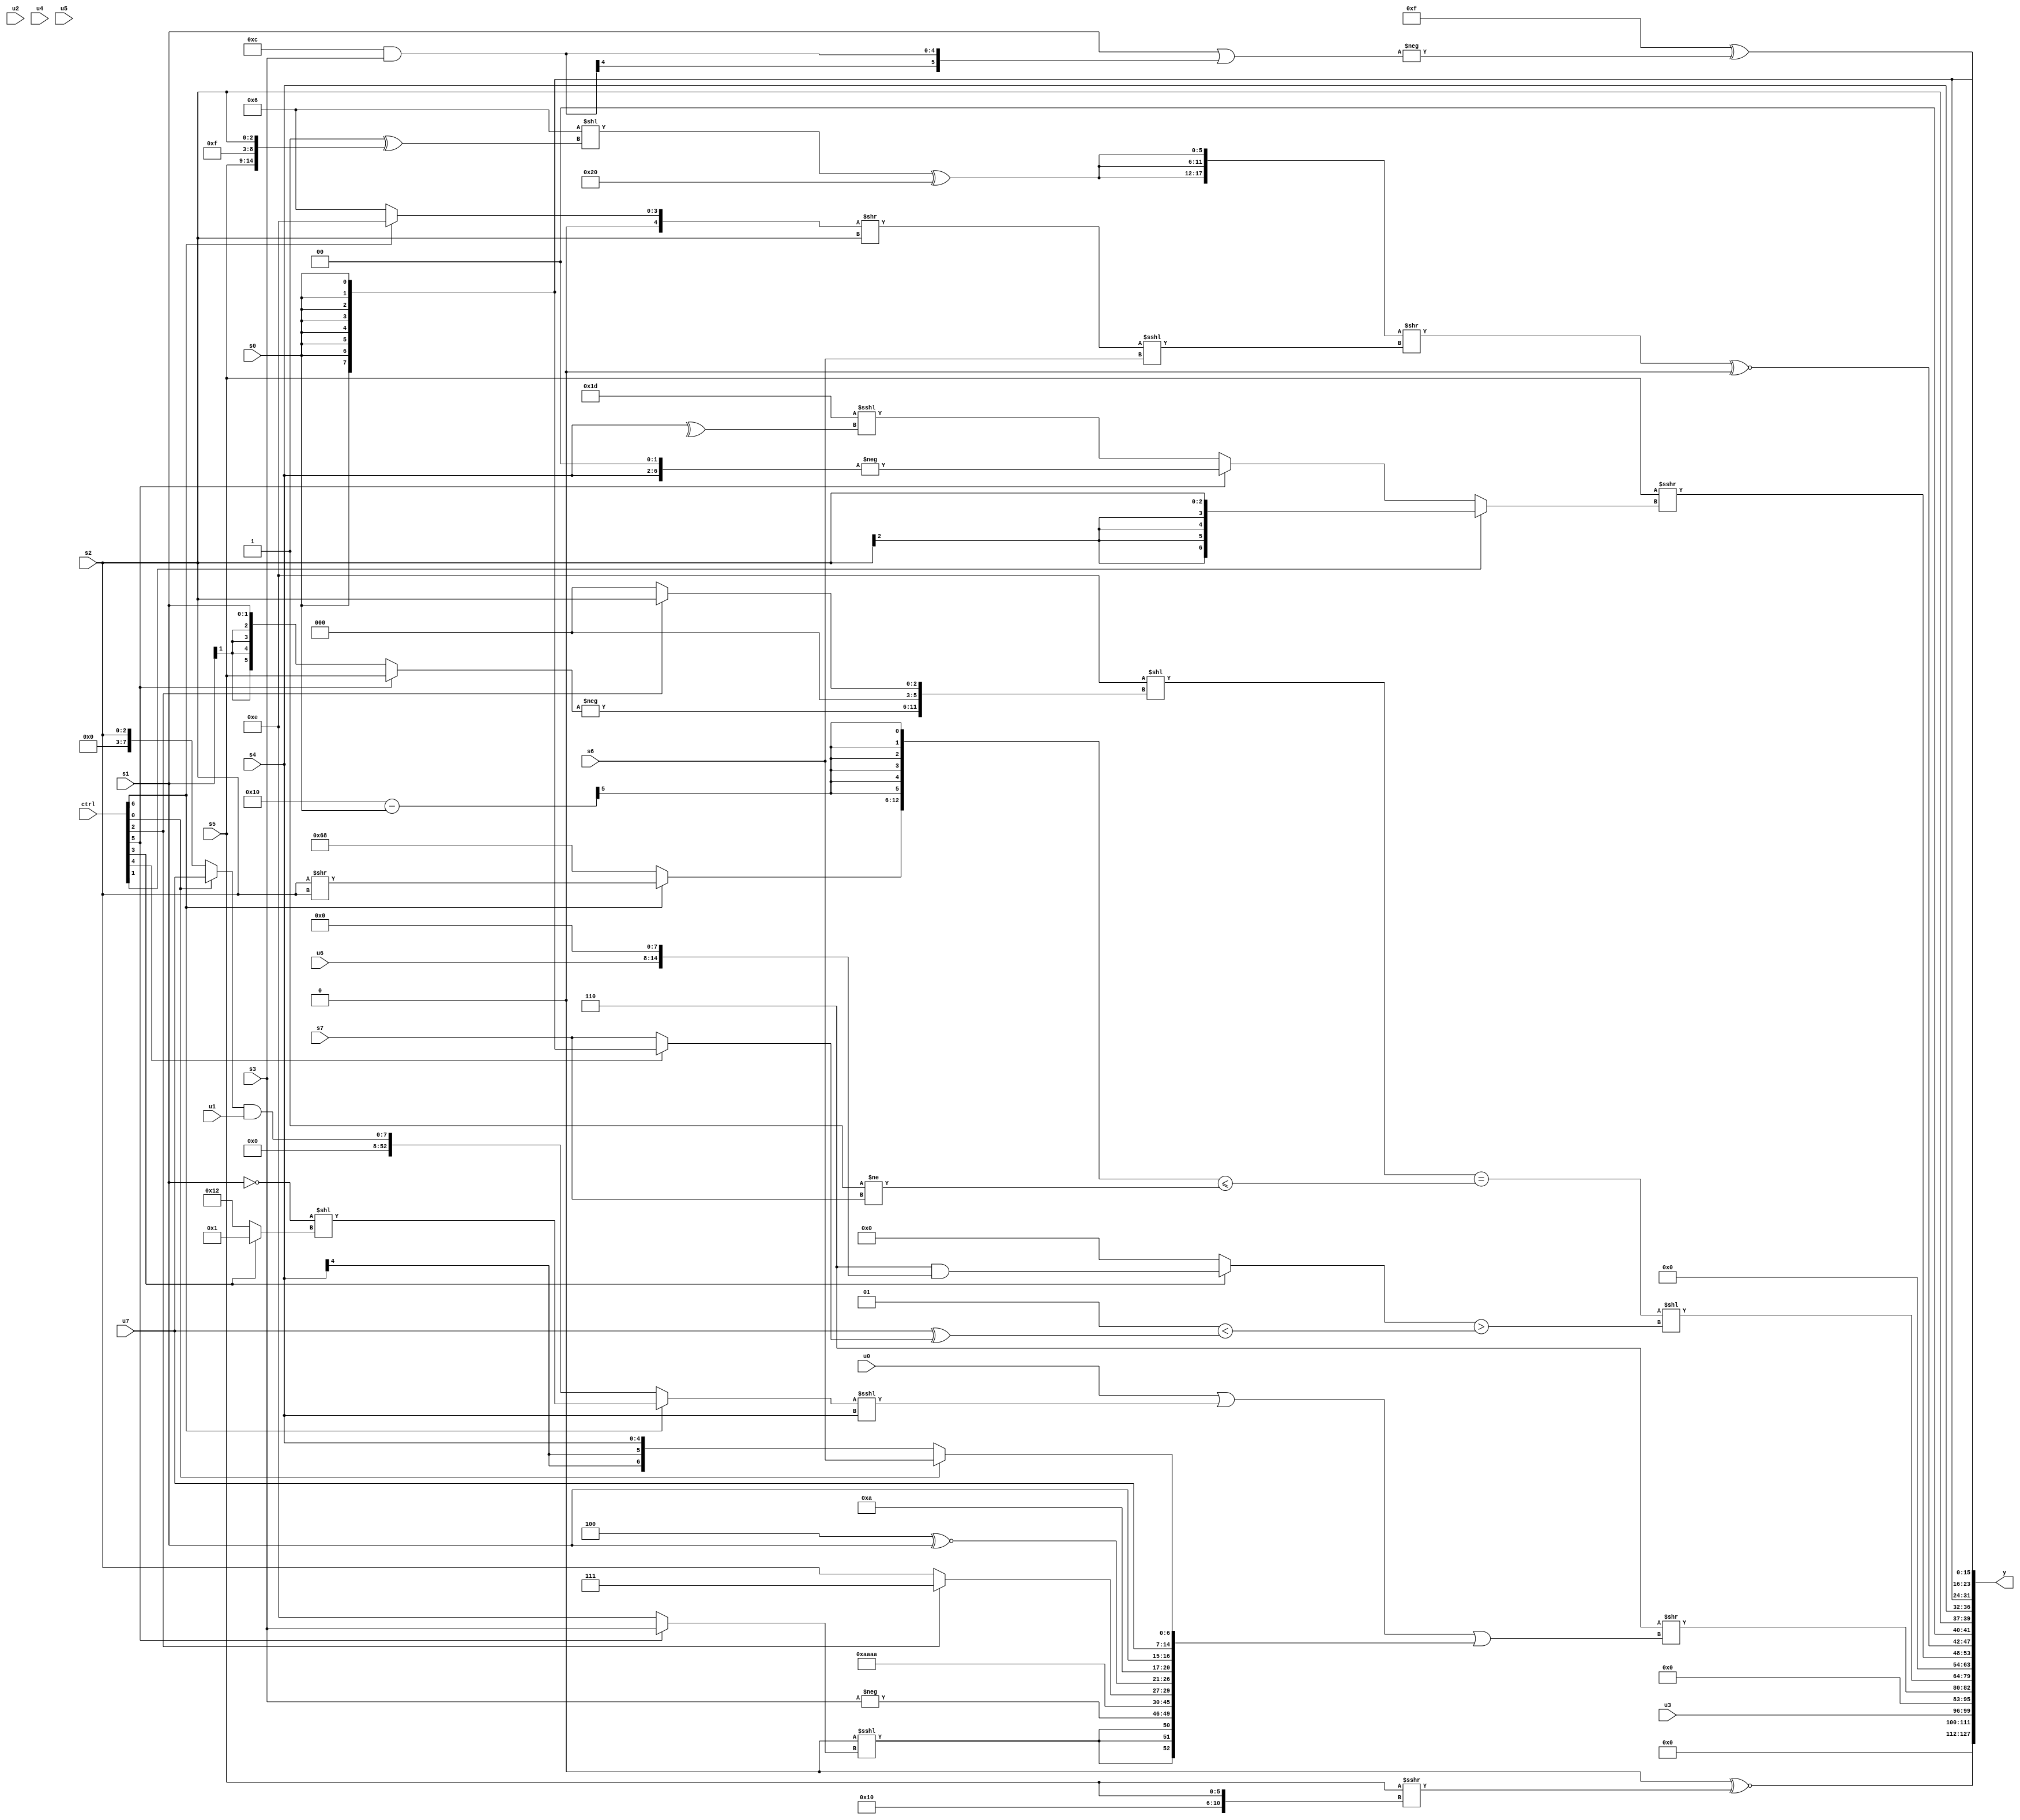
module wideexpr_00436(ctrl, u0, u1, u2, u3, u4, u5, u6, u7, s0, s1, s2, s3, s4, s5, s6, s7, y);
  input [7:0] ctrl;
  input [0:0] u0;
  input [1:0] u1;
  input [2:0] u2;
  input [3:0] u3;
  input [4:0] u4;
  input [5:0] u5;
  input [6:0] u6;
  input [7:0] u7;
  input signed [0:0] s0;
  input signed [1:0] s1;
  input signed [2:0] s2;
  input signed [3:0] s3;
  input signed [4:0] s4;
  input signed [5:0] s5;
  input signed [6:0] s6;
  input signed [7:0] s7;
  output [127:0] y;
  wire [15:0] y0;
  wire [15:0] y1;
  wire [15:0] y2;
  wire [15:0] y3;
  wire [15:0] y4;
  wire [15:0] y5;
  wire [15:0] y6;
  wire [15:0] y7;
  assign y = {y0,y1,y2,y3,y4,y5,y6,y7};
  assign y0 = (2'sb00)^~((s5)>>>({+(+(4'sb0100)),2'b00,s5}));
  assign y1 = u3;
  assign y2 = $unsigned((3'b110)>>(((u0)|(((ctrl[6]?(~(s1))<<((ctrl[3]?2'sb01:5'sb10010)):((ctrl[0]?u7:s2))&(u1)))<<<(s4)))|({+({3{(1'sb0)<<<((ctrl[5]?s3:3'sb110))}}),$signed($signed({-(s3),{4{4'sb1010}},(ctrl[2]?2'sb11:s2),(6'sb111100)^~(s1)})),{$signed($unsigned($signed(4'sb1010))),s1,u7,$unsigned(+((ctrl[0]?s6:s4)))}})));
  assign y3 = ((($unsigned($signed(4'sb1110)))<<({-((ctrl[5]?s5:s1)),(ctrl[5]?-(1'sb0):$signed(3'sb000)),(ctrl[2]?s2:1'sb0)}))==(({(ctrl[6]?(s2)>>(s2):{4'sb1101,3'sb000}),((6'sb010000)-(s0))>>>((4'sb0111)-(2'sb11))})<=((((3'sb010)+(2'sb11))&((2'b01)|(1'b0)))!=($unsigned($signed(s7))))))<<(((ctrl[3]?(3'sb110)&({$signed(u6),(s7)<<<(5'b11011)}):2'sb00))>(($signed(+(3'sb001)))<(($signed($signed(u7)))^(+((ctrl[4]?s0:s7))))));
  assign y4 = $unsigned((s5)>>>(+((ctrl[1]?s2:$signed((ctrl[5]?-({1{{s4,2'b00}}}):(5'sb11101)<<<(^(+(s4)))))))));
  assign y5 = {(({3{(+((5'sb00110)<<(($unsigned(5'sb00001))^({s5,1'b0,5'sb01111,s2}))))^($signed(+(6'sb100000)))}})>>($signed((($signed({1{(ctrl[6]?5'b01110:6'b000110)}}))>>(s2))<<<(s6))))^~(1'b0),2'b00,s2,s4};
  assign y6 = $signed(s0);
  assign y7 = (5'sb01111)^(-((s1)|({1{(6'sb001100)&(s3)}})));
endmodule